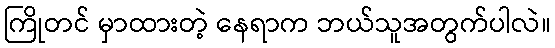
ကြိုတင် မှာထားတဲ့ နေရာက ဘယ်သူအတွက်ပါလဲ။